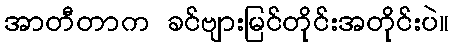
အာတီတာက ခင်ဗျားမြင်တိုင်းအတိုင်းပဲ။